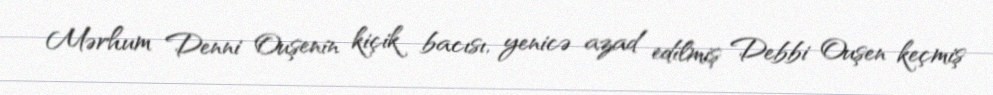
Mərhum Denni Ouşenin kiçik bacısı, yenicə azad edilmiş Debbi Ouşen keçmiş